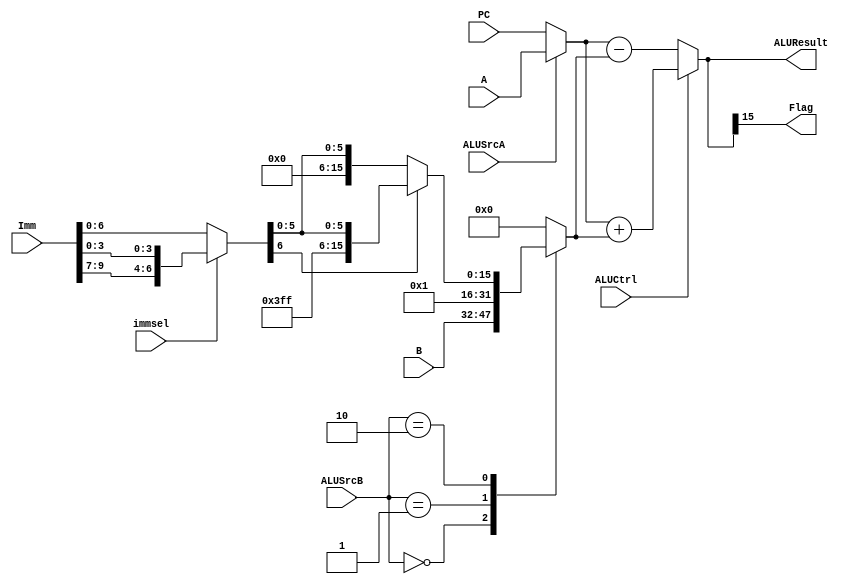
`timescale 1ns / 1ps
//////////////////////////////////////////////////////////////////////////////////
// Company: 
// Engineer: 
// 
// Design Name: 
// Module Name: ALU
// Project Name: 
// Target Devices: 
// Tool Versions: 
// Description: 
// 
// Dependencies: 
// 
// Revision:
// Revision 0.01 - File Created
// Additional Comments:
// 
//////////////////////////////////////////////////////////////////////////////////


module ALU(
    input  [15:0] A,B,
    input  [9:0] Imm,
    input immsel,
    input [15:0] PC,
    input ALUCtrl,ALUSrcA,
    input [1:0] ALUSrcB,
    output [15:0] ALUResult,
    output Flag
    );
    wire  [15:0] SrcA;
    reg   [15:0]  SrcB;
    wire  [15:0] SignExt;
    reg   [15:0] ALUResult_temp;
    wire [6:0] Immediate;
    assign SrcA = ALUSrcA ? A:PC;
    
    always @(*)
    begin
        case(ALUSrcB)
            2'b00: SrcB = B;
            2'b01: SrcB = 16'd1;
            2'b10: SrcB = SignExt;
            default: SrcB = 16'd0;
        endcase          
    end
    
    always @(*)
    begin
        if(ALUCtrl)
            ALUResult_temp = SrcA + SrcB;
        else
            ALUResult_temp = SrcA - SrcB;
    end
   
    assign ALUResult = ALUResult_temp;
    assign Flag = ALUResult_temp[15];
    
    assign Immediate = immsel?{Imm[9:7],Imm[3:0]}:Imm[6:0];
    assign SignExt = Immediate[6]?{{9{1'b1}},Immediate}:{{9{1'b0}},Immediate};
endmodule